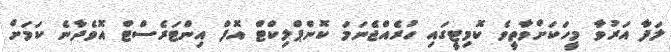
ލަފާ އަރުވާ މީހަކަށްވާތީވެ ކޮމިޓީގައި ހުރެއްޖެނަމަ ކޮންޕްލިކްޓް އޮފް އިންޓަރެސްޓް އޮވެދާނެ ކަމަށް